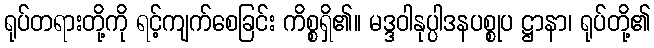
ရုပ်တရားတို့ကို ရင့်ကျက်စေခြင်း ကိစ္စရှိ၏။ မဒ္ဒဝါနုပ္ပါဒနပစ္စုပ ဋ္ဌာနာ၊ ရုပ်တို့၏